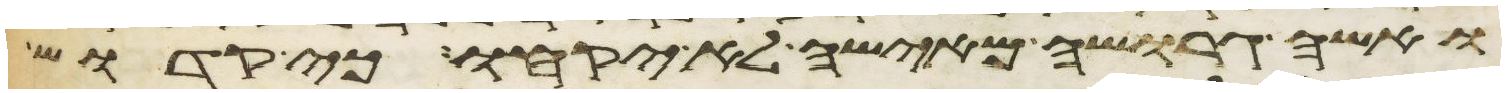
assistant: ואשה גרושה מאישה לא יקחו כי קדוש